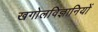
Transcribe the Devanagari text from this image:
खगोलविज्ञानियों